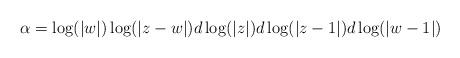
LaTeX: \begin{align*}\alpha=\log(|w|)\log(|z-w|)d\log(|z|)d\log(|z-1|)d\log(|w-1|)\end{align*}